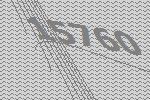
15760